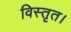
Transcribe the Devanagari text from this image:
विस्तृत।